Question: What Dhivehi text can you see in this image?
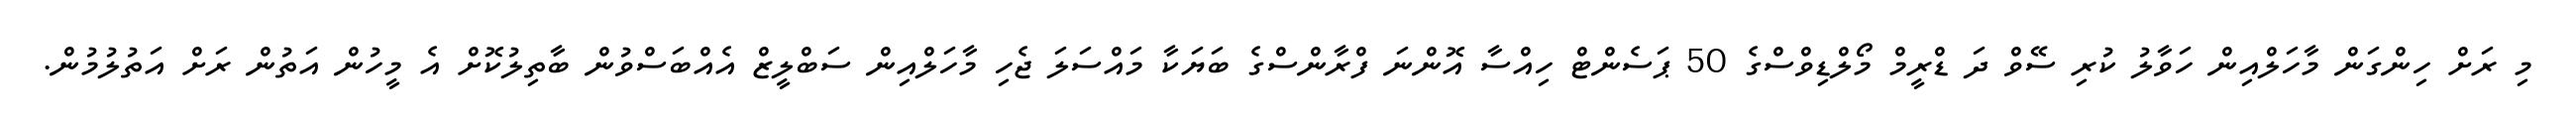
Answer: މި ރަށް ހިންގަން މާހަލްއިން ހަވާލު ކުރި ސޭވް ދަ ޑްރީމް މޯލްޑިވްސްގެ 50 ޕަސެންޓް ހިއްސާ އޮންނަ ފްރާންސްގެ ބަޔަކާ މައްސަލަ ޖެހި މާހަލްއިން ސަބްލީޒް އެއްބަސްވުން ބާތިލުކޮށް އެ މީހުން އަތުން ރަށް އަތުލުމުން.